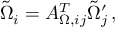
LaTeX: \tilde { \Omega } _ { i } = A _ { \Omega , i j } ^ { T } \tilde { \Omega } _ { j } ^ { \prime } \, ,